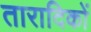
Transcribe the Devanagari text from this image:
तारादिकों